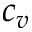
c _ { v }